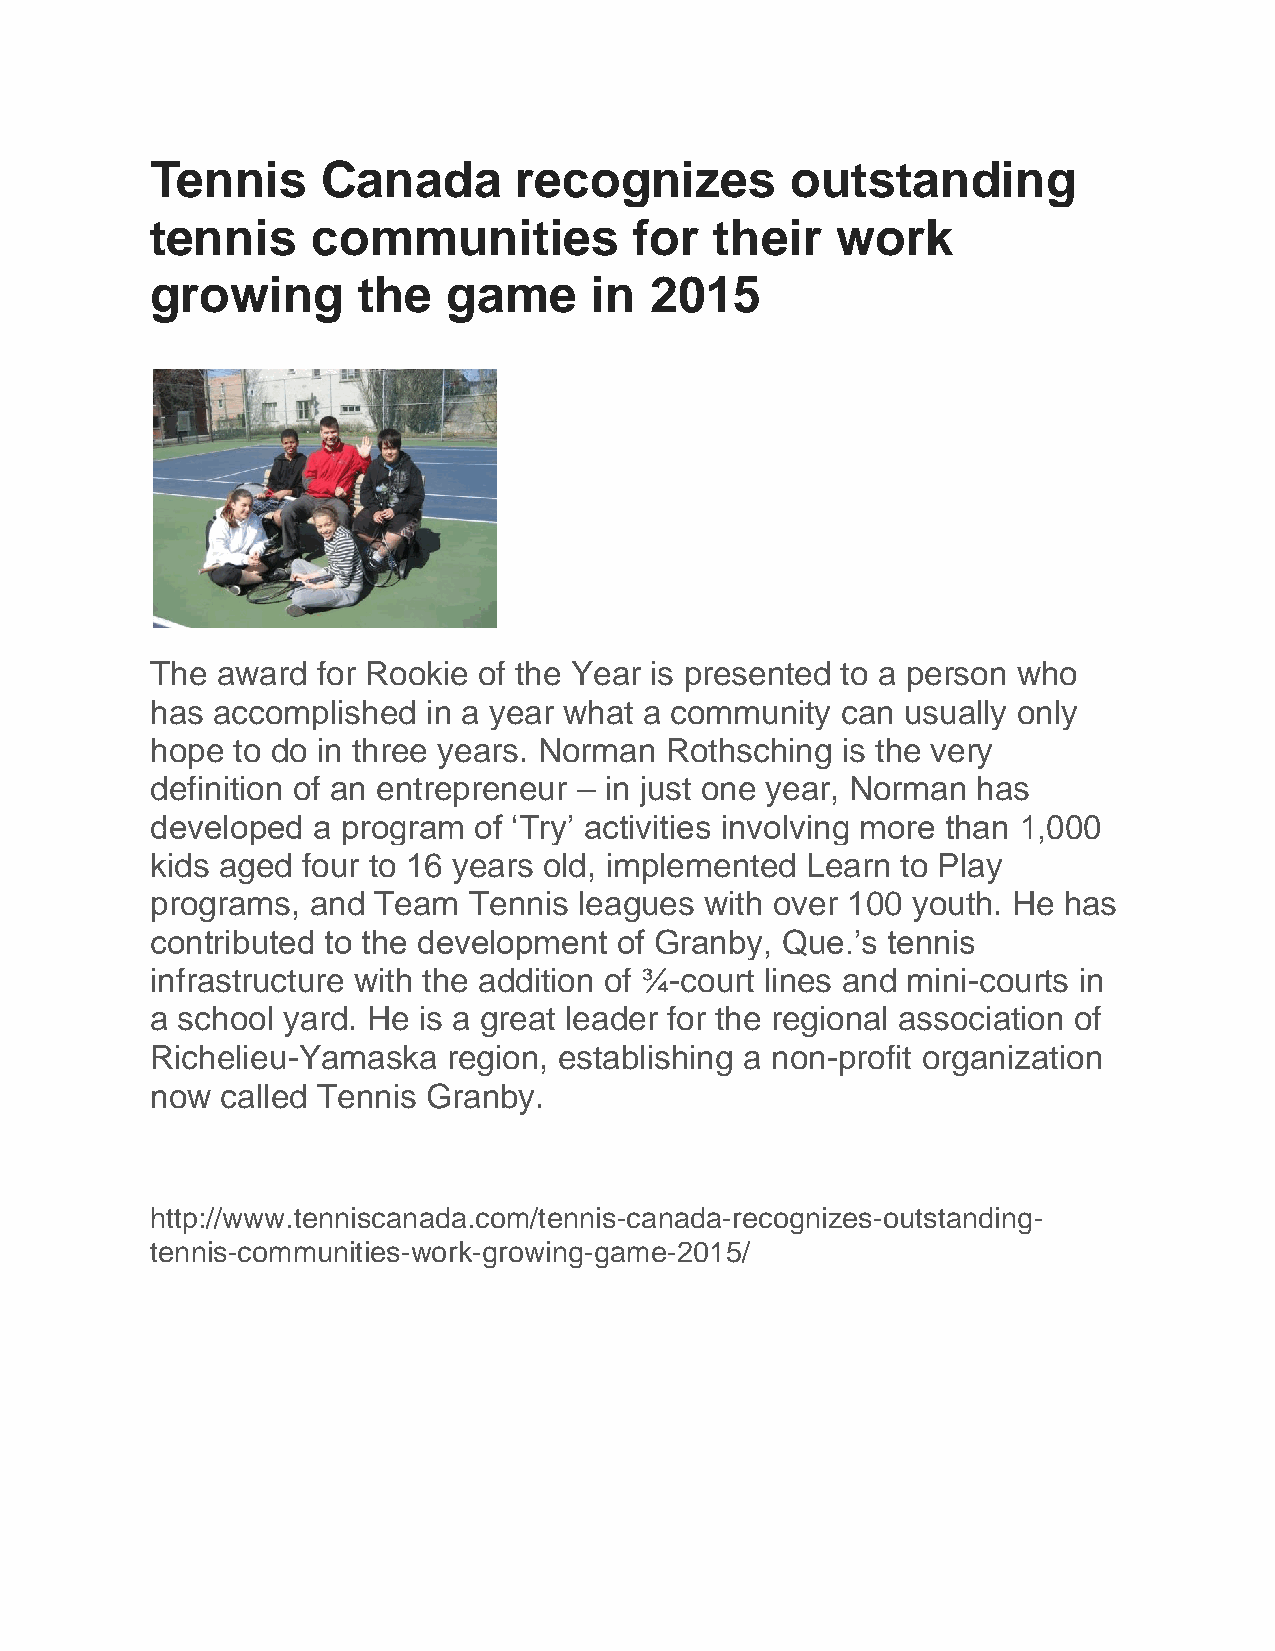
Tennis     Canada       recognizes        outstanding
 tennis     communities          for  their   work
 growing       the   game     in  2015
 The award  for Rookie of the Year is presented to a person who
 has accomplished  in a year what a community  can usually only
 hope to do in three years. Norman Rothsching  is the very
 definition of an entrepreneur – in just one year, Norman has
 developed  a program of ‘Try’ activities involving more than 1,000
 kids aged four to 16 years old, implemented Learn to Play
 programs,  and Team  Tennis leagues  with over 100 youth. He has
 contributed to the development of Granby, Que.’s tennis
 infrastructure with the addition of ¾-court lines and mini-courts in
 a school yard. He is a great leader for the regional association of
 Richelieu-Yamaska   region, establishing a non-profit organization
 now  called Tennis Granby.
 http://www.tenniscanada.com/tennis-canada-recognizes-outstanding-
 tennis-communities-work-growing-game-2015/